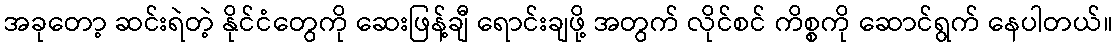
အခုတော့ ဆင်းရဲတဲ့ နိုင်ငံတွေကို ဆေးဖြန့်ချီ ရောင်းချဖို့ အတွက် လိုင်စင် ကိစ္စကို ဆောင်ရွက် နေပါတယ်။